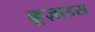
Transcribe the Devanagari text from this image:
क्रूज़ाडस